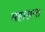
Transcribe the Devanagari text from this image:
महासन्त